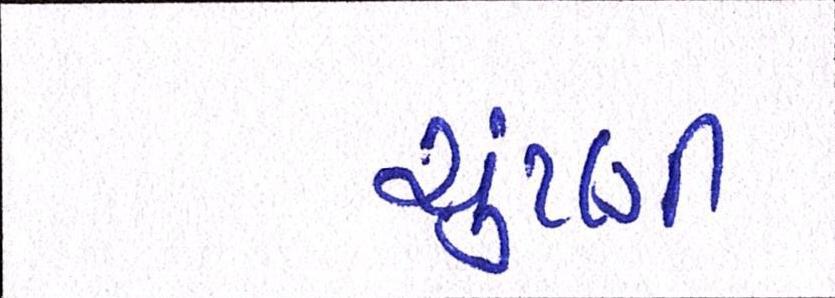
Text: ચુંટણી